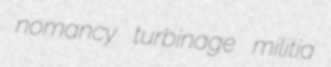
nomancy turbinage militia